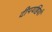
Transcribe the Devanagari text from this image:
दीपयष्ठियाँ